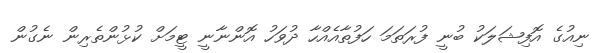
ނިއުގެ އޮފިޝަލަކު ބުނީ ފުރަތަމަ ހަފުތާއެއްހާ ދުވަހު އޮންނާނީ ޓީމަށް ކުޅުންތެރިން ނެގުން